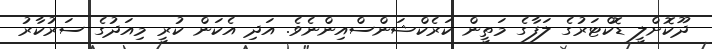
ދޫކޮށްލީ ޑޮކްޓަރުގެ ލަފާގެ މަތީން ކަރެކްޝަންސްއިންނެވެ. އަދި އެކަން ކުރީ މިއަދުގެ ސަރުކާރު